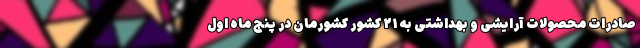
صادرات محصولات آرایشی و بهداشتی به ۲۱ کشور کشورمان در پنج ماه اول